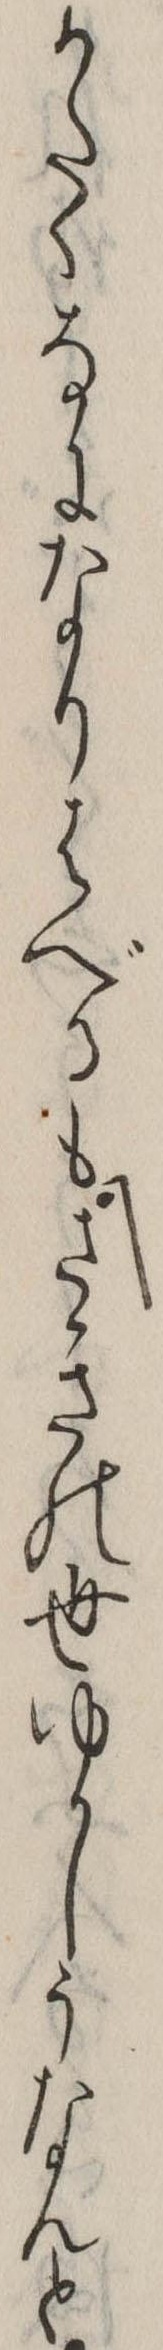
かたくなになりはべるもさきの世ゆかしうなんと